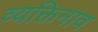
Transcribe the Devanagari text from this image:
व्यक्तिनाव